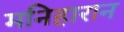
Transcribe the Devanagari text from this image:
मनिहारान